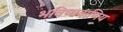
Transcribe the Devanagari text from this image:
भविष्यवाणिय